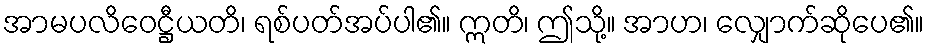
အာမပလိဝေဋ္ဌီယတိ၊ ရစ်ပတ်အပ်ပါ၏။ ဣတိ၊ ဤသို့။ အာဟ၊ လျှောက်ဆိုပေ၏။